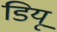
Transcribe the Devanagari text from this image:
डियू